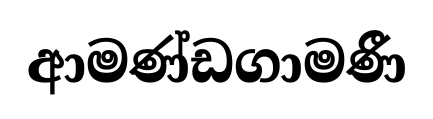
ආමණ්ඩගාමණී